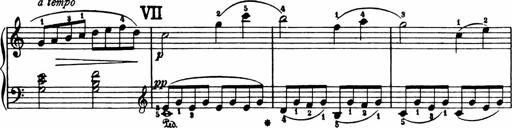
Title: Analytical Sonatinas
Composer: Frank Lynes